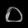
Digit: ၀